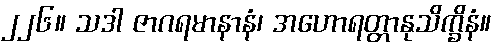
၂၂၆။ သဒါ ဇာဂရမာနာနံ၊ အဟောရတ္တာနုသိက္ခိနံ။